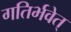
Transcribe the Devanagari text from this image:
गतिर्भवेत्